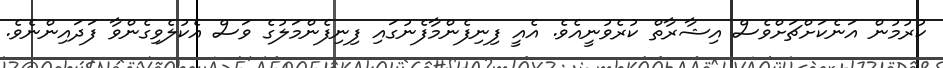
ކުރުމުން އަނެކަށްޗަށްވެސް އިޝާރާތް ކުރެވުނީއެވެ. އެއީ ފިނިފެންމާފެނުގައި ފިނިފެންމަލުގެ ވަސް އެކުލެވިގެންވާ ފަދައިންނެވެ.